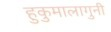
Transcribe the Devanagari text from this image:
हुकुमालागुनी